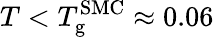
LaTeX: T<T_{\mathrm{g}}^{\mathrm{SMC}}\approx 0.06